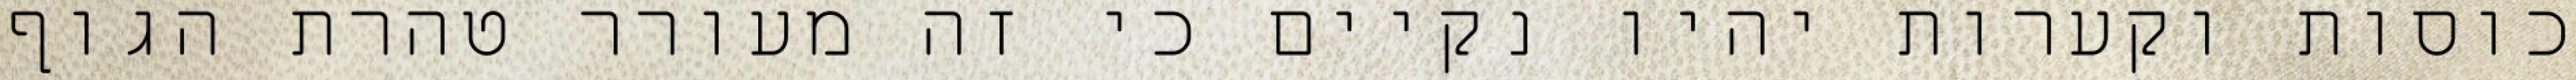
כוסות וקערות יהיו נקיים כי זה מעורר טהרת הגוף